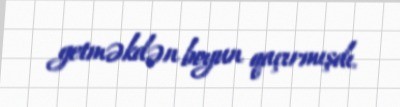
getməkdən boyun qaçırmışdı.